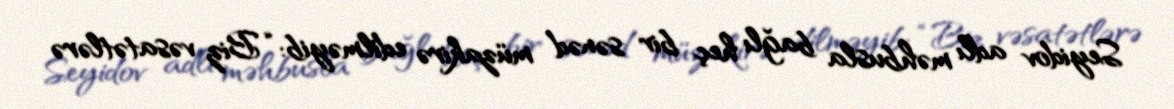
Seyidov adlı məhbusla bağlı heç bir sənəd müzakirə edilməyib: “Biz vəsatətlərə